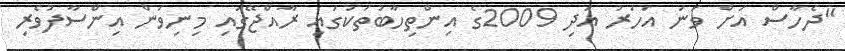
"ދެހާސް އަށް ވަނަ އަހަރު އަދި 2009ގެ އިންތިހާބުތަކުގައި ރާއްޖޭގައި މިނިވަން އިންސާފުވެރި